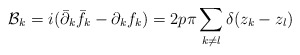
\begin{align*}{\cal B}_k=i({\bar{\partial}_k} {\bar f}_k -{\partial}_kf_k)=2p \pi \sum_{k\neq l}\delta(z_k-z_l)\end{align*}